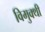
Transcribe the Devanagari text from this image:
विमुक्थी